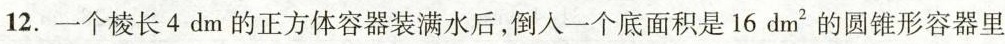
12.一个棱长 4 dm 的正方体容器装满水后，倒入一个底面积是 16 dm^{2} 的圆锥形容器里